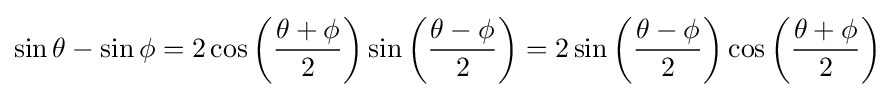
\sin \theta -\sin \phi =2\cos \left({\frac {\theta +\phi }{2}}\right)\sin \left({\frac {\theta -\phi }{2}}\right)=2\sin \left({\frac {\theta -\phi }{2}}\right)\cos \left({\frac {\theta +\phi }{2}}\right)